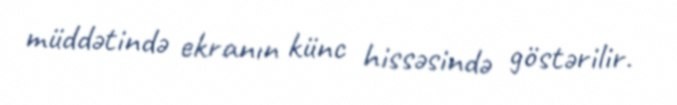
müddətində ekranın künc hissəsində göstərilir.